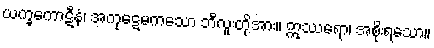
ယက္ခကောဋီနံ၊ အကုဋေမကသော ဘီလူးတို့အား။ ဣဿရော၊ အစိုးရသော။